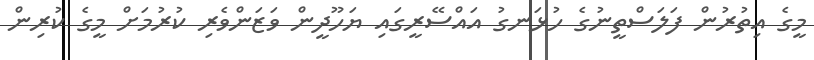
މީގެ އިތުރުން ފަލަސްތީނުގެ ހުޅަނގު އައްސޭރީގައި ޔަހޫދީން ވަޒަންވެރި ކުރުމަށް މީގެ ކުރިން